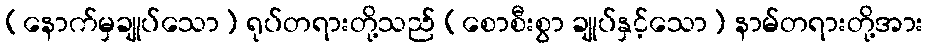
(နောက်မှချုပ်သော) ရုပ်တရားတို့သည် (စောစီးစွာ ချုပ်နှင့်သော) နာမ်တရားတို့အား